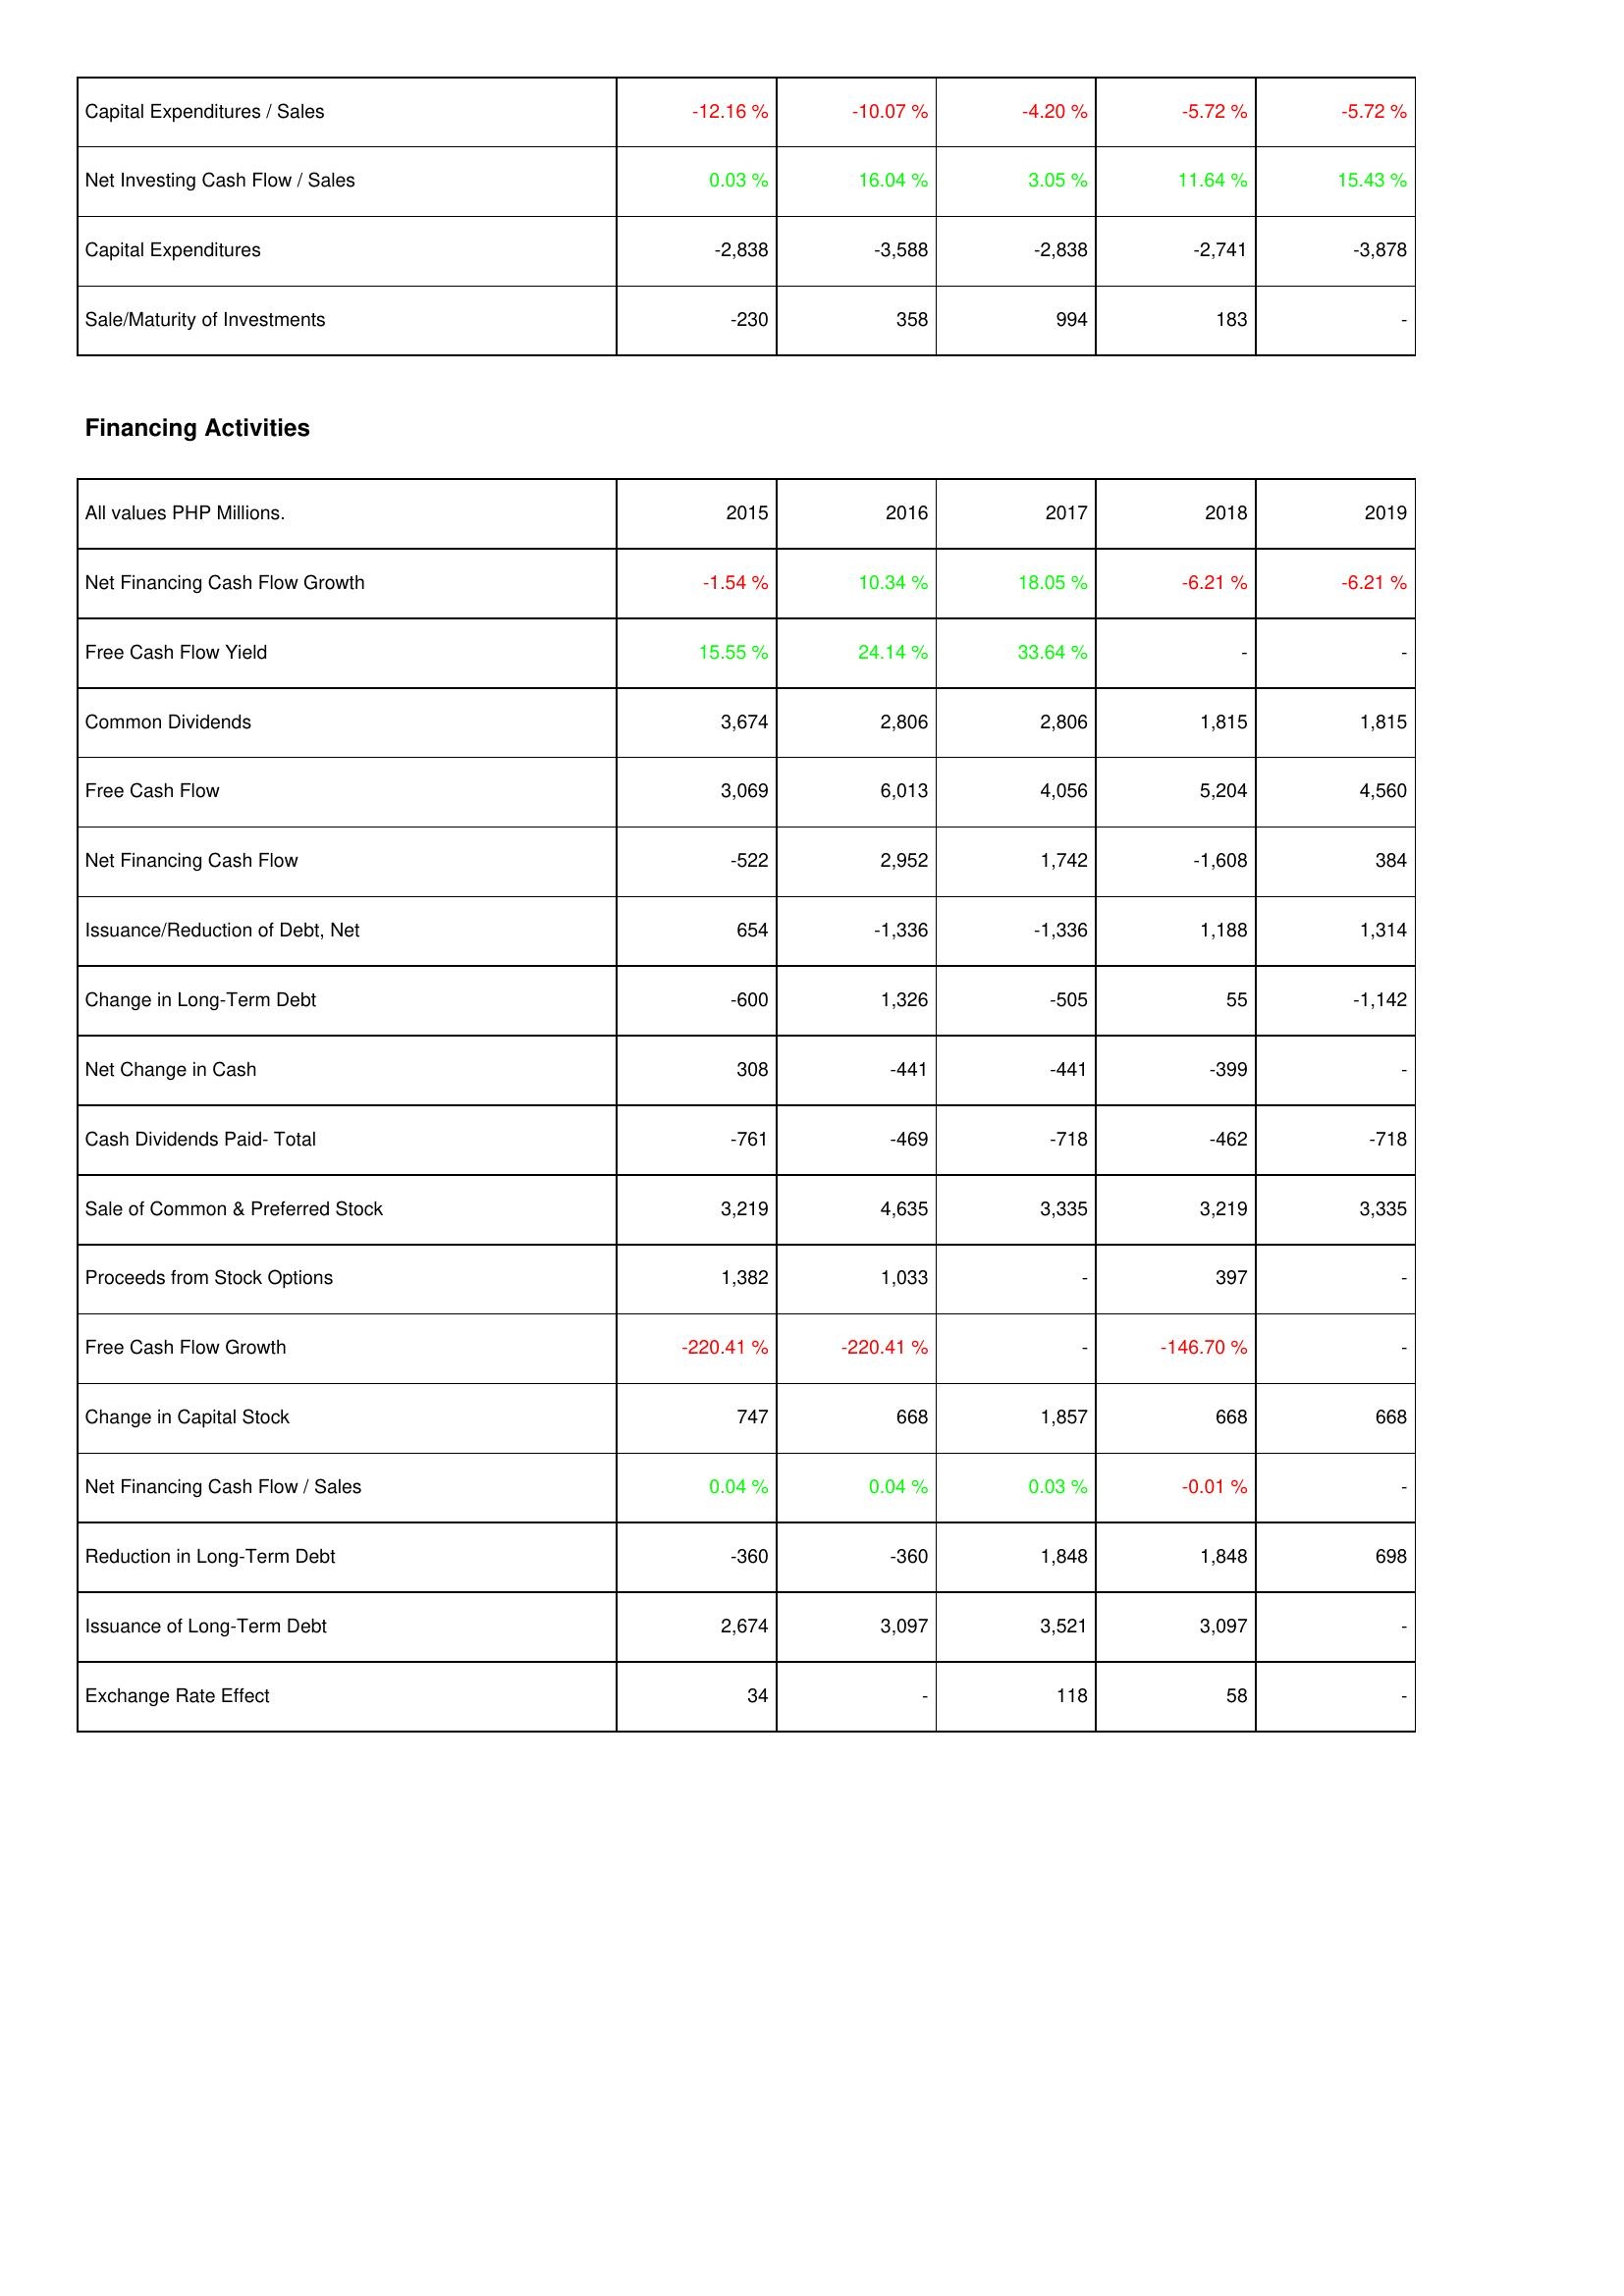
2015: Investing Activities: Capital Expenditures / Sales: -12.16 %
Net Investing Cash Flow / Sales: 0.03 %
Capital Expenditures: -2,838
Sale/Maturity of Investments: -230
Financing Activities: Net Financing Cash Flow Growth: -1.54 %
Free Cash Flow Yield: 15.55 %
Common Dividends: 3,674
Free Cash Flow: 3,069
Net Financing Cash Flow: -522
Issuance/Reduction of Debt, Net: 654
Change in Long-Term Debt: -600
Net Change in Cash: 308
Cash Dividends Paid- Total: -761
Sale of Common & Preferred Stock: 3,219
Proceeds from Stock Options: 1,382
Free Cash Flow Growth: -220.41 %
Change in Capital Stock: 747
Net Financing Cash Flow / Sales: 0.04 %
Reduction in Long-Term Debt: -360
Issuance of Long-Term Debt: 2,674
Exchange Rate Effect: 34
2016: Investing Activities: Capital Expenditures / Sales: -10.07 %
Net Investing Cash Flow / Sales: 16.04 %
Capital Expenditures: -3,588
Sale/Maturity of Investments: 358
Financing Activities: Net Financing Cash Flow Growth: 10.34 %
Free Cash Flow Yield: 24.14 %
Common Dividends: 2,806
Free Cash Flow: 6,013
Net Financing Cash Flow: 2,952
Issuance/Reduction of Debt, Net: -1,336
Change in Long-Term Debt: 1,326
Net Change in Cash: -441
Cash Dividends Paid- Total: -469
Sale of Common & Preferred Stock: 4,635
Proceeds from Stock Options: 1,033
Free Cash Flow Growth: -220.41 %
Change in Capital Stock: 668
Net Financing Cash Flow / Sales: 0.04 %
Reduction in Long-Term Debt: -360
Issuance of Long-Term Debt: 3,097
Exchange Rate Effect: -
2017: Investing Activities: Capital Expenditures / Sales: -4.20 %
Net Investing Cash Flow / Sales: 3.05 %
Capital Expenditures: -2,838
Sale/Maturity of Investments: 994
Financing Activities: Net Financing Cash Flow Growth: 18.05 %
Free Cash Flow Yield: 33.64 %
Common Dividends: 2,806
Free Cash Flow: 4,056
Net Financing Cash Flow: 1,742
Issuance/Reduction of Debt, Net: -1,336
Change in Long-Term Debt: -505
Net Change in Cash: -441
Cash Dividends Paid- Total: -718
Sale of Common & Preferred Stock: 3,335
Proceeds from Stock Options: -
Free Cash Flow Growth: -
Change in Capital Stock: 1,857
Net Financing Cash Flow / Sales: 0.03 %
Reduction in Long-Term Debt: 1,848
Issuance of Long-Term Debt: 3,521
Exchange Rate Effect: 118
2018: Investing Activities: Capital Expenditures / Sales: -5.72 %
Net Investing Cash Flow / Sales: 11.64 %
Capital Expenditures: -2,741
Sale/Maturity of Investments: 183
Financing Activities: Net Financing Cash Flow Growth: -6.21 %
Free Cash Flow Yield: -
Common Dividends: 1,815
Free Cash Flow: 5,204
Net Financing Cash Flow: -1,608
Issuance/Reduction of Debt, Net: 1,188
Change in Long-Term Debt: 55
Net Change in Cash: -399
Cash Dividends Paid- Total: -462
Sale of Common & Preferred Stock: 3,219
Proceeds from Stock Options: 397
Free Cash Flow Growth: -146.70 %
Change in Capital Stock: 668
Net Financing Cash Flow / Sales: -0.01 %
Reduction in Long-Term Debt: 1,848
Issuance of Long-Term Debt: 3,097
Exchange Rate Effect: 58
2019: Investing Activities: Capital Expenditures / Sales: -5.72 %
Net Investing Cash Flow / Sales: 15.43 %
Capital Expenditures: -3,878
Sale/Maturity of Investments: -
Financing Activities: Net Financing Cash Flow Growth: -6.21 %
Free Cash Flow Yield: -
Common Dividends: 1,815
Free Cash Flow: 4,560
Net Financing Cash Flow: 384
Issuance/Reduction of Debt, Net: 1,314
Change in Long-Term Debt: -1,142
Net Change in Cash: -
Cash Dividends Paid- Total: -718
Sale of Common & Preferred Stock: 3,335
Proceeds from Stock Options: -
Free Cash Flow Growth: -
Change in Capital Stock: 668
Net Financing Cash Flow / Sales: -
Reduction in Long-Term Debt: 698
Issuance of Long-Term Debt: -
Exchange Rate Effect: -